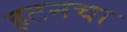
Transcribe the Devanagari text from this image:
हटनचा